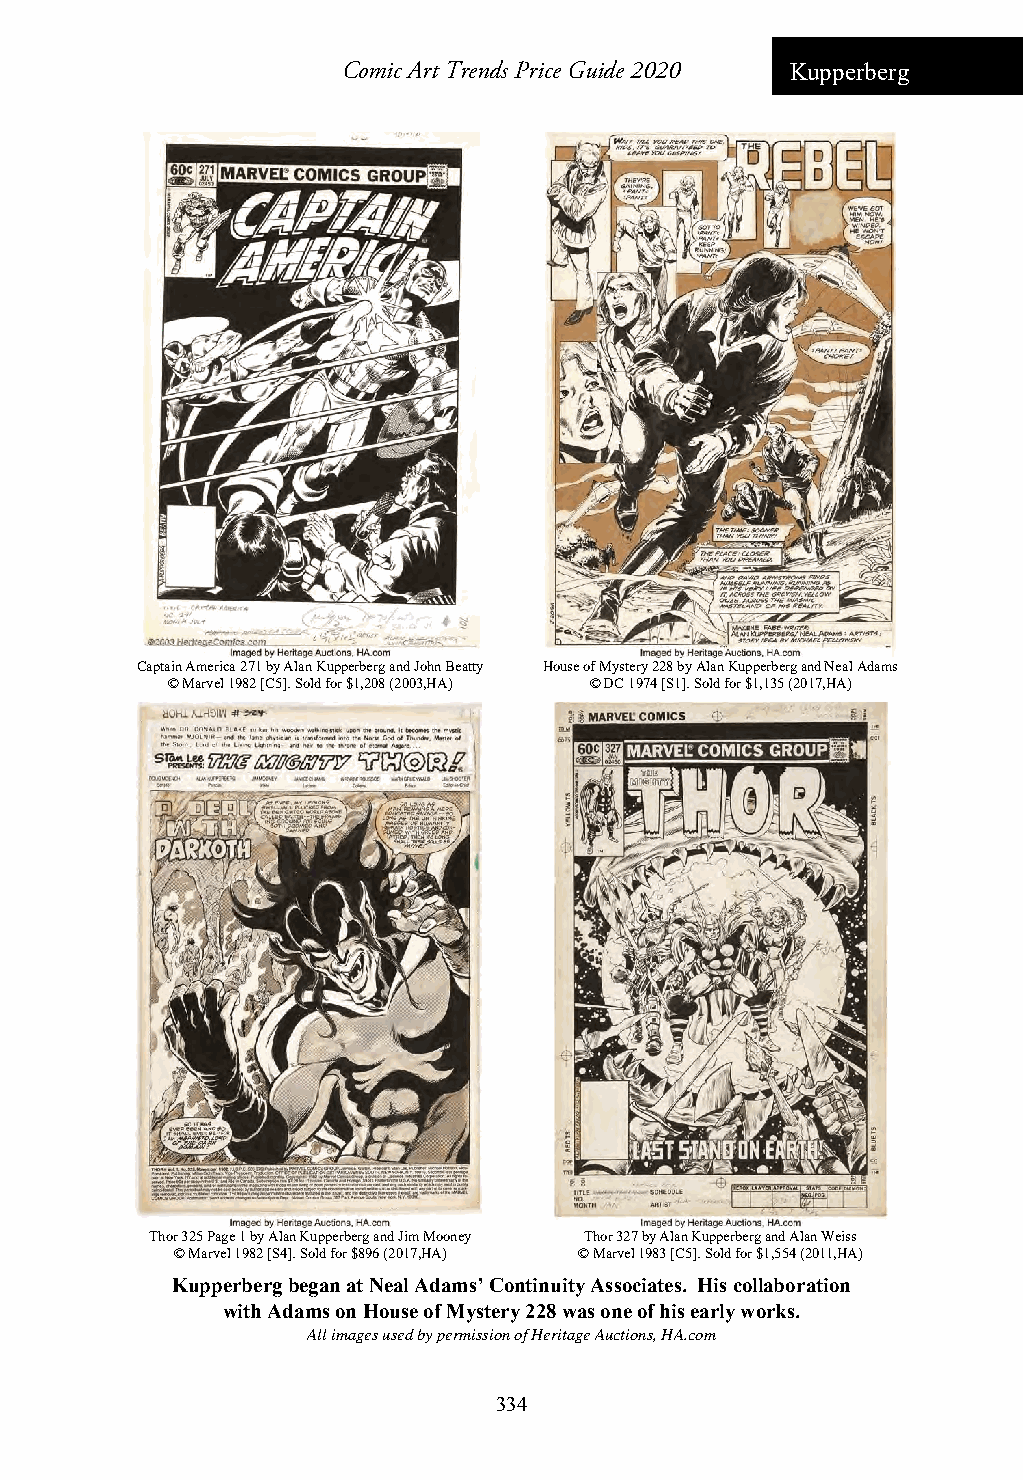
Comic Art Trends Price Guide 2020 Kupperberg
 Captain America 271 by Alan Kupperberg and John Beatty House of Mystery 228 by Alan Kupperberg and Neal Adams
 © Marvel 1982 [C5]. Sold for $1,208 (2003,HA) © DC 1974 [S1]. Sold for $1,135 (2017,HA)
 Thor 325 Page 1 by Alan Kupperberg and Jim Mooney Thor 327 by Alan Kupperberg and Alan Weiss
 © Marvel 1982 [S4]. Sold for $896 (2017,HA) © Marvel 1983 [C5]. Sold for $1,554 (2011,HA)
 Kupperberg began at Neal Adams’ Continuity Associates. His collaboration
 with Adams on House of Mystery 228 was one of his early works.
 All images used by permission of Heritage Auctions, HA.com
 334